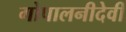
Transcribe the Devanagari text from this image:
गोपालनीदेवी